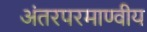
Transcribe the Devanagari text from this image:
अंतरपरमाण्वीय